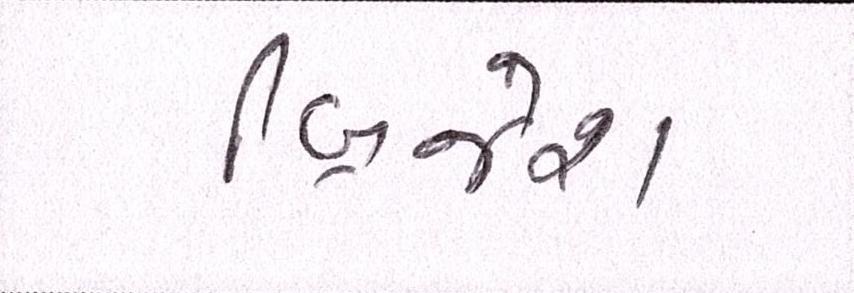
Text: બ્રિજેશ